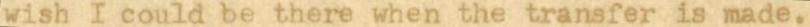
wish I could be there when the transfer is made.